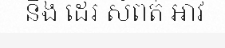
នឹង ដេរ សំពត់ អាវ